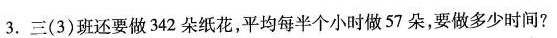
3.三(3)班还要做342朵纸花，平均每半个小时做57朵，要做多少时间?